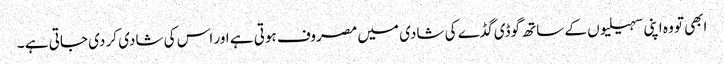
ابھی تو وہ اپنی سہیلیوں کے ساتھ گوڈی گڈے کی شادی میں مصروف ہوتی ہے اور اس کی شادی کر دی جاتی ہے ۔